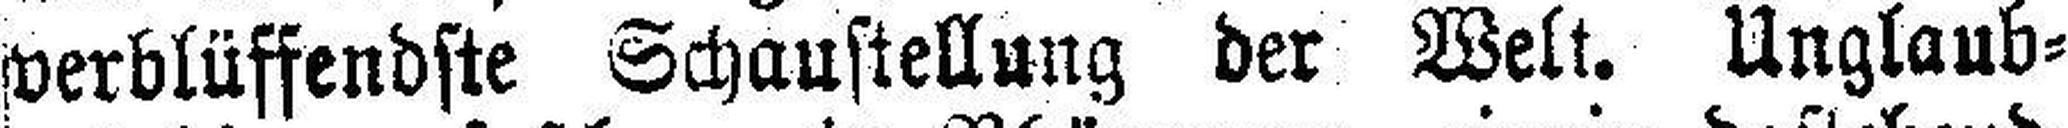
verblüffendste Schaustellung der Welt. Unglaub¬